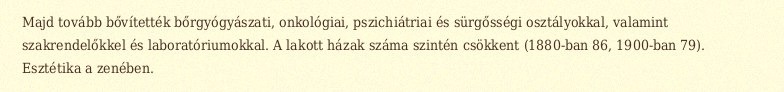
Majd tovább bővítették bőrgyógyászati, onkológiai, pszichiátriai és sürgősségi osztályokkal, valamint szakrendelőkkel és laboratóriumokkal. A lakott házak száma szintén csökkent (1880-ban 86, 1900-ban 79). Esztétika a zenében.